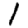
Digit: 1